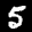
Label: 5